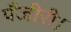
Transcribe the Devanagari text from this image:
पँजीरी।